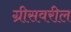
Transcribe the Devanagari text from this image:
ग्रीसवरील